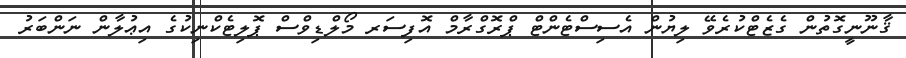
ޤާނޫނީގޮތުން ގެޒެޓްކުރެވޭ ލިޔުން އެސިސްޓެންޓް ޕްރޮގްރާމް އޮފިސަރ މޯލްޑިވްސް ޕޮލިޓެކްނިކުގެ އިޢުލާން ނަންބަރު